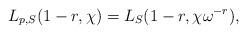
LaTeX: \begin{align*} L_{p,S}(1-r, \chi) = L_{S}(1-r,\chi\omega^{-r}),\end{align*}